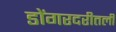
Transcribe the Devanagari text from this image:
डोंगरदरीतली